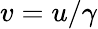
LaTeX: v=u/\gamma